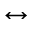
\leftrightarrow